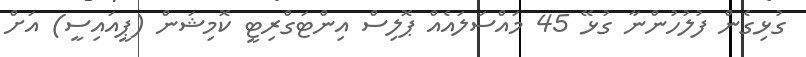
ގުޅިގެން ފުލުހުންނާ ގުޅޭ 45 މައްސަލައެއް ޕޮލިސް އިންޓަގްރިޓީ ކޮމިޝަން (ޕީއައިސީ) އަށް